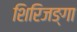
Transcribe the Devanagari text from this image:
शिरिजङ्गा